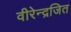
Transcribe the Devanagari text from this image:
वीरेन्द्रजित